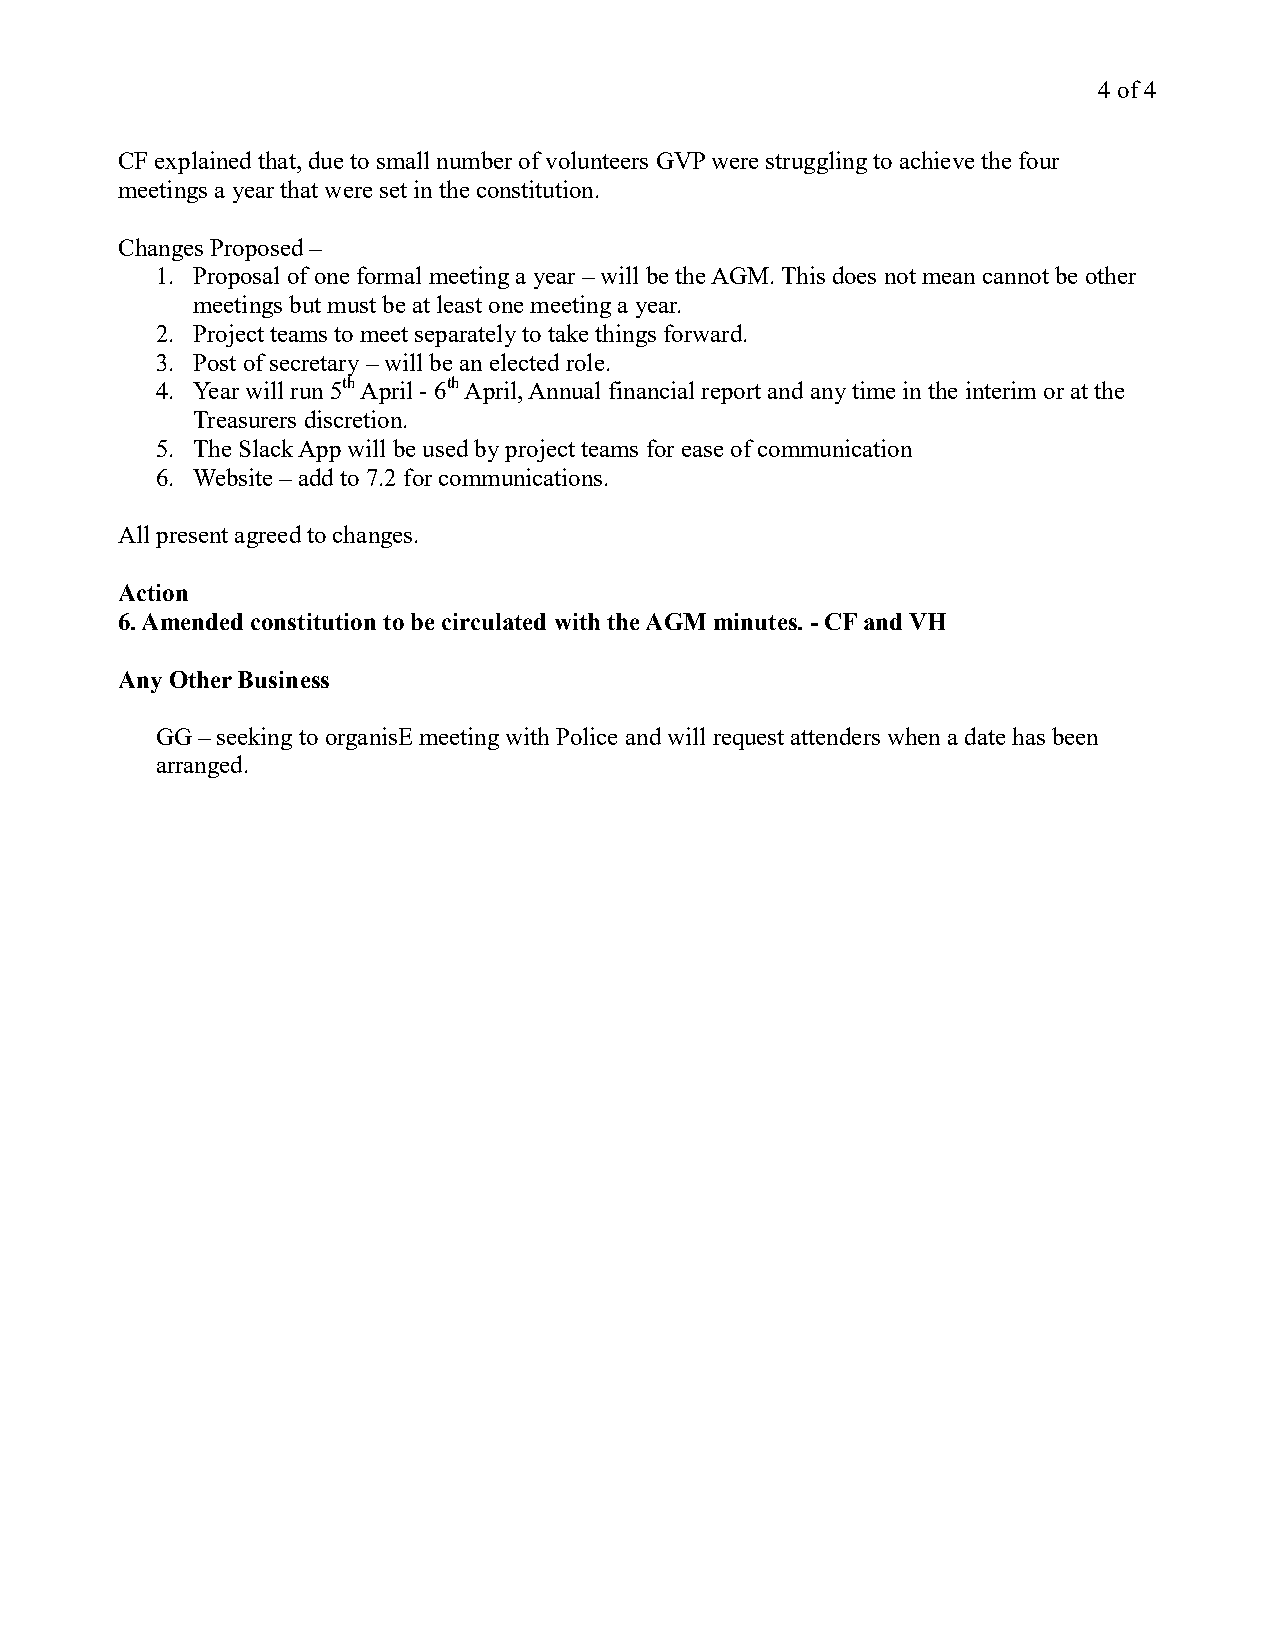
4 of 4
 CF explained that, due to small number of volunteers GVP were struggling to achieve the four
 meetings a year that were set in the constitution.
 Changes Proposed –
 1. Proposal of one formal meeting a year – will be the AGM. This does not mean cannot be other
 meetings but must be at least one meeting a year.
 2. Project teams to meet separately to take things forward.
 3. Post of secretary – will be an elected role.
 4. Year will run 5th April - 6th April, Annual financial report and any time in the interim or at the
 Treasurers discretion.
 5. The Slack App will be used by project teams for ease of communication
 6. Website – add to 7.2 for communications.
 All present agreed to changes.
 Action
 6. Amended constitution to be circulated with the AGM minutes. - CF and VH
 Any Other Business
 GG – seeking to organisE meeting with Police and will request attenders when a date has been
 arranged.